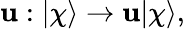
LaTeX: \mathbf{u}:|\chi\rangle\rightarrow\mathbf{u}|\chi\rangle,